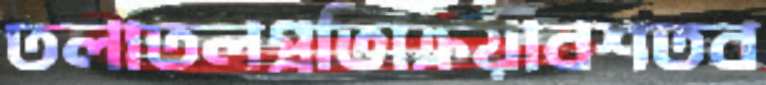
তলাতলপ্রতিক্রিয়াবশতব